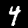
Digit: 4